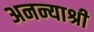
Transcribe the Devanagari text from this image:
अनन्याश्री